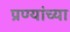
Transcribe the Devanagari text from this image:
प्रण्यांच्या